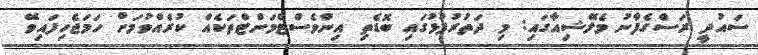
ސައުދީ ރަސްގެފާނު މެލޭޝިއާގައި: މި ދަތުރުފުޅުގައި ބޮޑެތި އިންވެސްޓްމަންޓްތަކެއް ކުރެއްވުމަށް ހަމަޖެހިފައިވޭ